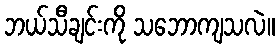
ဘယ်သီချင်းကို သဘောကျသလဲ။